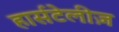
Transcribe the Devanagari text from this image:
हार्सटेलीज़